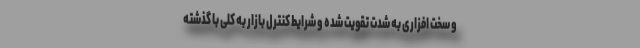
و سخت افزاری به شدت تقویت شده و شرایط کنترل بازار به کلی با گذشته